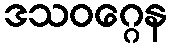
ဒသဝဂ္ဂေန